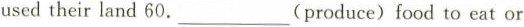
used their land 60.___(produce) food to eat or